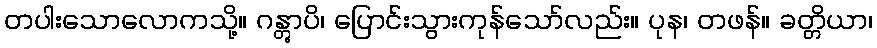
တပါးသောလောကသို့။ ဂန္တွာပိ၊ ပြောင်းသွားကုန်သော်လည်း။ ပုန၊ တဖန်။ ခတ္တိယာ၊